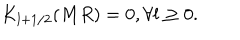
K _ { l + 1 / 2 } ( M R ) = 0 , \forall l \geq 0 .